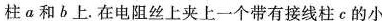
柱α和b上。在电阻丝上夹上一个带有接线柱c的小